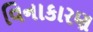
વિનાકારણ